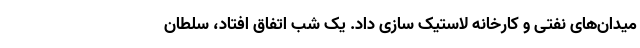
میدان‌های نفتی و کارخانه لاستیک سازی داد. یک شب اتفاق افتاد، سلطان